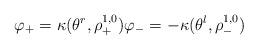
LaTeX: \begin{align*} \varphi_+ = \kappa(\theta^r, \rho^{1,0}_+) \varphi_- = -\kappa(\theta^l, \rho^{1,0}_-) \end{align*}